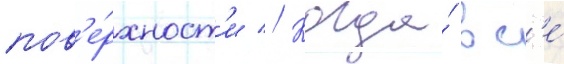
пов'е́рхност'и // Когда́ вс'е́